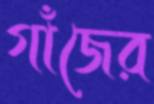
গাঁজের